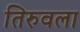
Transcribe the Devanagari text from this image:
तिरुवला